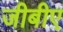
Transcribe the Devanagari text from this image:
जीबीए